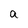
Character: a